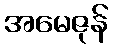
အမေဇုန်